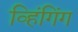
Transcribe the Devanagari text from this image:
व्हिंगिंग